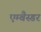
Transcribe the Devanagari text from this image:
एम्बैस्डर